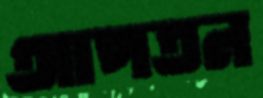
আপতন